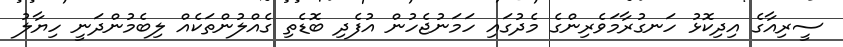
ސީރިއާގެ އިދިކޮޅު ހަނގުރާމަވެރިންގެ މެދުގައި ހަމަނުޖެހުން އުފެދި ބޮޑެތި ގެއްލުންތަކެއް ލިބެމުންދަނީ ހިޔާލު